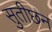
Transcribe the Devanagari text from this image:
सुतीछन